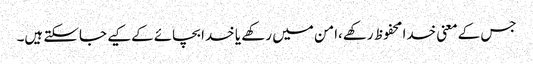
جس کےمعنی خدا محفوظ رکھے،امن میں رکھے یا خدا بچائےکےکیے جاسکتے ہیں۔